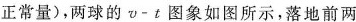
正常量)，两球的v-t图象如图所示，落地前两